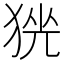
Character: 𱮃